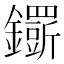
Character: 𨯴